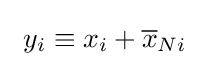
\textstyle \ y_{i}\equiv x_{i}+{\overline {x}}_{Ni}